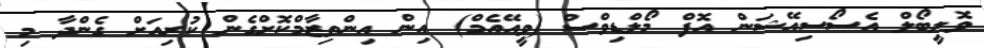
ވޮލީބޯލް އެސޯސިއޭޝަން އޮފް މޯލްޑިވްސް (ވީއޭއެމް) އިން އިންތިޒާމްކޮށްގެން ކުރިއަށް ގެންދާ މި